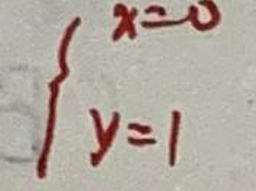
\begin{cases}
x = 0 \\
y = 1
\end{cases}